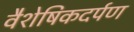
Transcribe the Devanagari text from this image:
वैशेषिकदर्पण